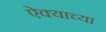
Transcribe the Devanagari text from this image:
ऐक्याच्या